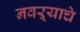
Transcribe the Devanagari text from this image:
नवऱ्याचे